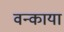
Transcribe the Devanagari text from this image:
वन्काया